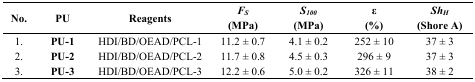
<table><thead><tr><td><b>No.</b></td><td><b>PU</b></td><td><b>Reagents</b></td><td><b><i>F<sub>S</sub></i> (MPa)</b></td><td><b><i>S<sub>100</sub></i> (MPa)</b></td><td><b>ε (%)</b></td><td><b><i>Sh<sub>H</sub></i> (Shore A)</b></td></tr></thead><tbody><tr><td>1.</td><td><b>PU-1</b></td><td>HDI/BD/OEAD/PCL-1</td><td>11.2 ± 0.7</td><td>4.1 ± 0.2</td><td>252 ± 10</td><td>37 ± 3</td></tr><tr><td>2.</td><td><b>PU-2</b></td><td>HDI/BD/OEAD/PCL-2</td><td>11.7 ± 0.8</td><td>4.5 ± 0.3</td><td>296 ± 9</td><td>37 ± 3</td></tr><tr><td>3.</td><td><b>PU-3</b></td><td>HDI/BD/OEAD/PCL-3</td><td>12.2 ± 0.6</td><td>5.0 ± 0.2</td><td>326 ± 11</td><td>38 ± 2</td></tr></tbody></table>